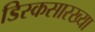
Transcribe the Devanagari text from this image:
डिस्कसारख्या